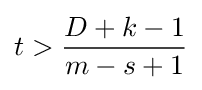
t>{{D+k-1} \over {m-s+1}}